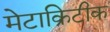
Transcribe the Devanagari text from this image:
मेटाक्रिटीक